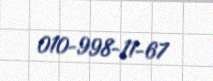
010-998-11-67